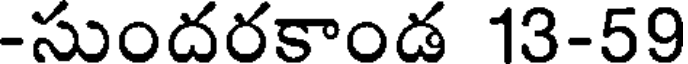
-సుందరకాండ 13-59